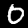
Label: 0